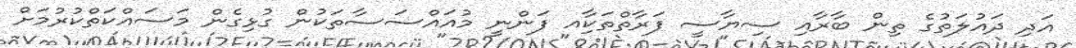
އަދި ދައުލަތުގެ ތިން ބާރާއި ސިޔާސީ ފަރާތްތަކާިއ ފަންނީ މުއައްސަސާތަކުން ގުޅިގެން މަސައްކަތްކުރުމަށް